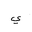
Letter: _ya